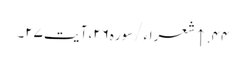
۴۴. ↑ شعراء/سوره۲۶، آیت ۲۷۔